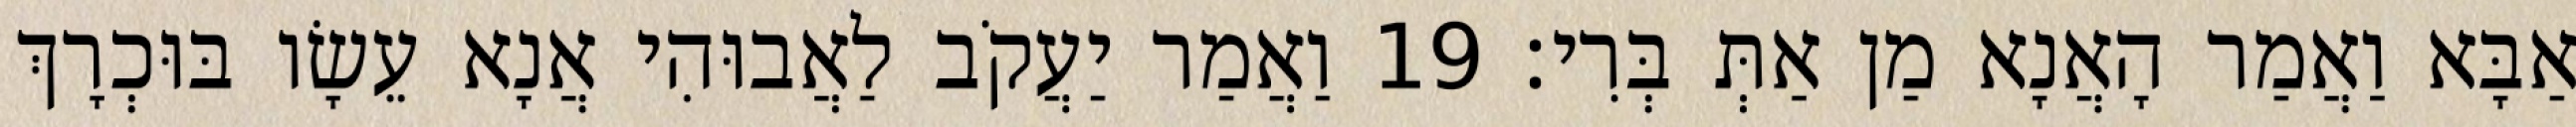
אַבָּא וַאֲמַר הָאֲנָא מַן אַתְּ בְּרִי׃ 19 וַאֲמַר יַעֲקֹב לַאֲבוּהִי אֲנָא עֵשָׂו בּוּכְרָךְ